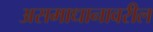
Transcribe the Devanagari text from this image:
असमाधानावरील